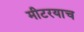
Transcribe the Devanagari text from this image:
मीटरयाच